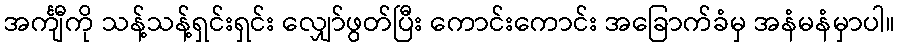
အင်္ကျီကို သန့်သန့်ရှင်းရှင်း လျှော်ဖွတ်ပြီး ကောင်းကောင်း အခြောက်ခံမှ အနံမနံမှာပါ။